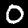
Digit: 0